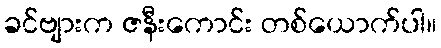
ခင်ဗျားက ဇနီးကောင်း တစ်ယောက်ပါ။